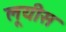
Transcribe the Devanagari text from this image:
लूयीस